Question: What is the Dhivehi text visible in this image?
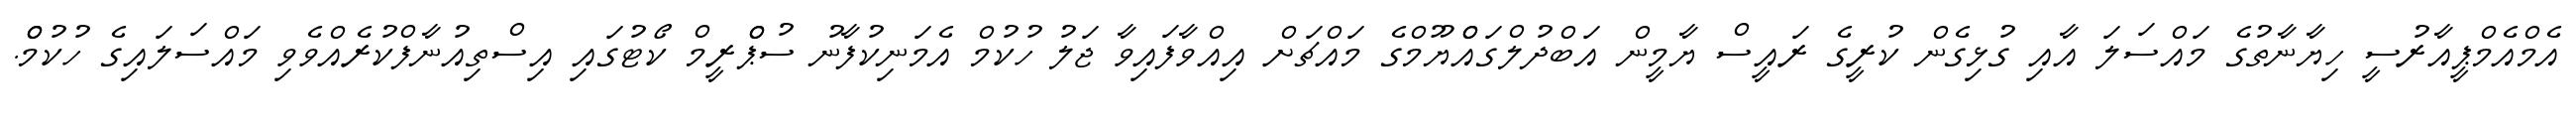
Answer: އެމްއެމްޕީއާރުސީ ހިޔާނާތުގެ މައްސަލަ އާއި ގުޅިގެން ކުރީގެ ރައީސް ޔާމީން އަބްދުލްގައްްޔޫމްގެ މައްޗަށް އިއްވާފައިވާ ޖަލު ހުކުމް އެމަނިކުފާނު ސުޕްްރީމް ކޯޓުގައި އިސްތިއުނާފްކުރެއްވެވި މައްސަލައިގެ ހުކުމްް.